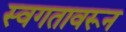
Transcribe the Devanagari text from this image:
स्वगतावरून